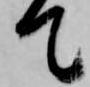
て